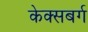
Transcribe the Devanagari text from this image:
केक्सबर्ग